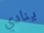
ينادي